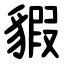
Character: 貑